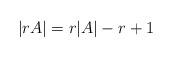
LaTeX: \begin{align*}|rA| = r|A| - r+1 \end{align*}